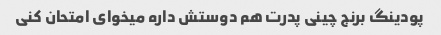
پودینگ برنج چینی پدرت هم دوستش داره میخوای امتحان کنی